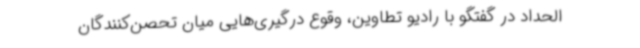
الحداد در گفتگو با رادیو تطاوین، وقوع درگیری‌هایی میان تحصن‌کنندگان